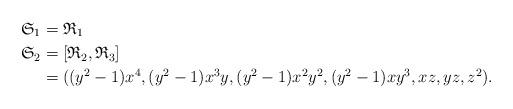
LaTeX: \begin{align*}\mathfrak{S}_{1} &= \mathfrak{R}_{1} \\\mathfrak{S}_{2} &= [\mathfrak{R}_{2}, \mathfrak{R}_{3}] \\&= ((y^{2} - 1)x^{4}, (y^{2} - 1)x^{3}y, (y^{2} - 1)x^{2}y^{2}, (y^{2} - 1)xy^{3}, xz, yz, z^{2}).\end{align*}